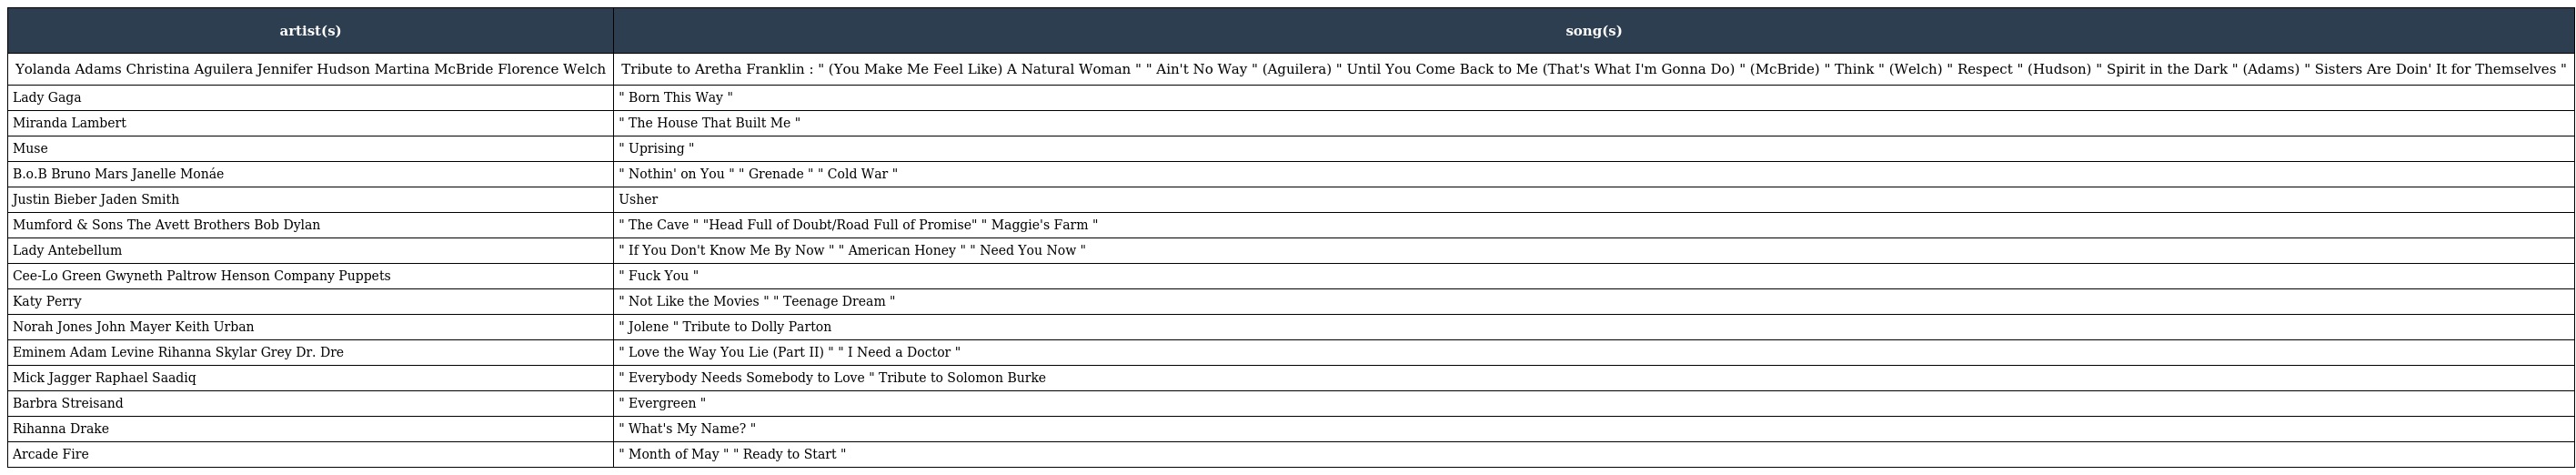
| artist(s) | song(s) |
 | --- | --- |
 | Yolanda Adams Christina Aguilera Jennifer Hudson Martina McBride Florence Welch | Tribute to Aretha Franklin : " (You Make Me Feel Like) A Natural Woman " " Ain't No Way " (Aguilera) " Until You Come Back to Me (That's What I'm Gonna Do) " (McBride) " Think " (Welch) " Respect " (Hudson) " Spirit in the Dark " (Adams) " Sisters Are Doin' It for Themselves " |
 | Lady Gaga | " Born This Way " |
 | Miranda Lambert | " The House That Built Me " |
 | Muse | " Uprising " |
 | B.o.B Bruno Mars Janelle Monáe | " Nothin' on You " " Grenade " " Cold War " |
 | Justin Bieber Jaden Smith | Usher |
 | Mumford & Sons The Avett Brothers Bob Dylan | " The Cave " "Head Full of Doubt/Road Full of Promise" " Maggie's Farm " |
 | Lady Antebellum | " If You Don't Know Me By Now " " American Honey " " Need You Now " |
 | Cee-Lo Green Gwyneth Paltrow Henson Company Puppets | " Fuck You " |
 | Katy Perry | " Not Like the Movies " " Teenage Dream " |
 | Norah Jones John Mayer Keith Urban | " Jolene " Tribute to Dolly Parton |
 | Eminem Adam Levine Rihanna Skylar Grey Dr. Dre | " Love the Way You Lie (Part II) " " I Need a Doctor " |
 | Mick Jagger Raphael Saadiq | " Everybody Needs Somebody to Love " Tribute to Solomon Burke |
 | Barbra Streisand | " Evergreen " |
 | Rihanna Drake | " What's My Name? " |
 | Arcade Fire | " Month of May " " Ready to Start " |